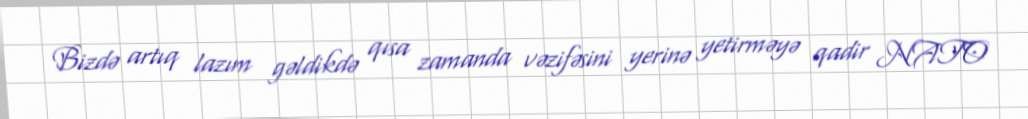
Bizdə artıq lazım gəldikdə qısa zamanda vəzifəsini yerinə yetirməyə qadir NATO